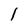
Character: 1